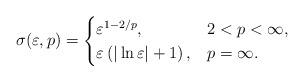
LaTeX: \begin{align*}\sigma (\varepsilon ,p) =\begin{cases}\varepsilon ^{1-2/p} , &2<p<\infty ,\\\varepsilon\left(\vert \ln \varepsilon \vert +1\right) , &p=\infty .\end{cases}\end{align*}